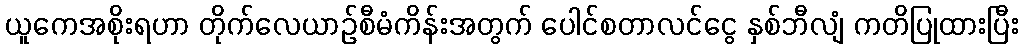
ယူကေအစိုးရဟာ တိုက်လေယာဉ်စီမံကိန်းအတွက် ပေါင်စတာလင်ငွေ နှစ်ဘီလျံ ကတိပြုထားပြီး